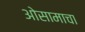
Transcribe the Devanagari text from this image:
ओसामाचा